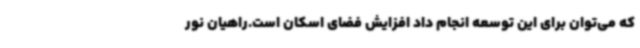
که می‌توان برای این توسعه انجام داد افزایش فضای اسکان است.راهیان نور